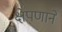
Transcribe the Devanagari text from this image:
क्षेपणाने